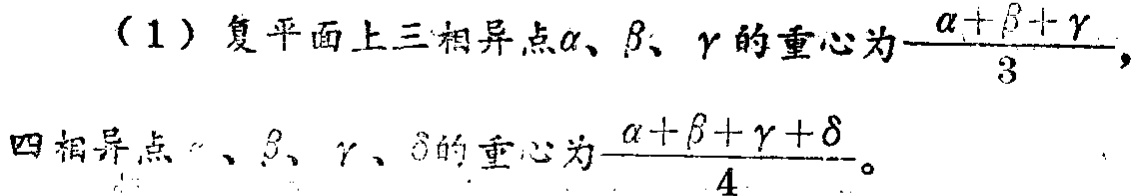
（1）复平面上三相异点$\alpha$、$\beta$、$\gamma$的重心为$\frac{\alpha + \beta + \gamma}{3}$，
四相异点$\alpha$、$\beta$、$\gamma$、$\delta$的重心为$\frac{\alpha + \beta + \gamma + \delta}{4}$。